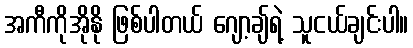
အကီကိုအိုနို ဖြစ်ပါတယ် ဂျော့ချ်ရဲ့ သူငယ်ချင်းပါ။